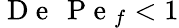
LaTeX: \mathrm{~D~e~}\, \mathrm{~P~e~}_{f}<1